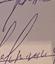
Signature authenticity: forged